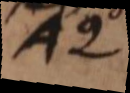
AQ